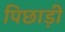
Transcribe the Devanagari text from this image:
पिछाड़ी